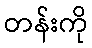
တန်းကို